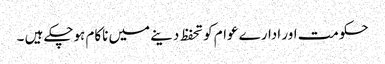
حکومت اور ادارے عوام کو تحفظ دینے میں ناکام ہوچکے ہیں ۔